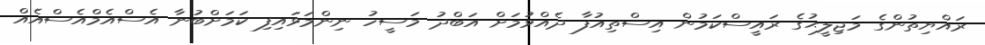
ރައްޔިތުންގެ މަޖިލީޙުގެ ރައީސްކަމުން އިސްތިއުފާ ދެއްވުމަށް އަބްދު މަސީހު ނިންމަވައިފި ކަމަށްބުނާ އެސްއެމްއެސްއެއް